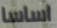
اساسا